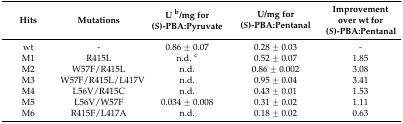
| Hits | Mutations | U b/mg for (S)-PBA:Pyruvate | U/mg for (S)-PBA:Pentanal | Improvement over wt for (S)-PBA:Pentanal |
 | --- | --- | --- | --- | --- |
 | wt | - | 0.86 ± 0.07 | 0.28 ± 0.03 | - |
 | M1 | R415L | n.d. c | 0.52 ± 0.07 | 1.85 |
 | M2 | W57F/R415L | n.d. | 0.86 ± 0.002 | 3.08 |
 | M3 | W57F/R415L/L417V | n.d. | 0.95 ± 0.04 | 3.41 |
 | M4 | L56V/R415C | n.d. | 0.43 ± 0.01 | 1.53 |
 | M5 | L56V/W57F | 0.034 ± 0.008 | 0.31 ± 0.02 | 1.11 |
 | M6 | R415F/L417A | n.d. | 0.18 ± 0.02 | 0.63 |